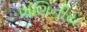
પાણિનીય